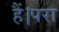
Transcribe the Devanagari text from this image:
हैं।परा